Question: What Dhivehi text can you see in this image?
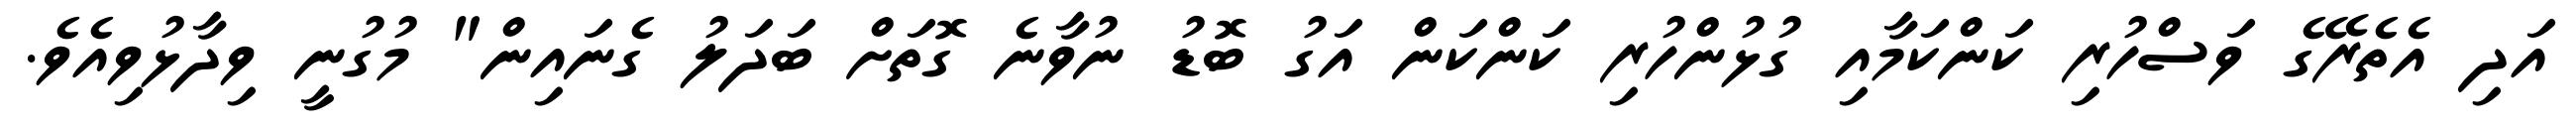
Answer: އަދި އެތެރޭގެ ވަސްހުރި ކަންކަމާއި ގުޅުންހުރި ކަންކަން އަގު ބޮޑު ނުވާނެ ގޮތަށް ބަދަލު ގެނައިން" މުގުނީ ވިދާޅުވިއެވެ.